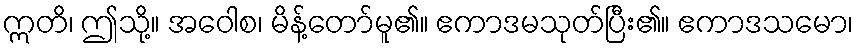
ဣတိ၊ ဤသို့။ အဝေါစ၊ မိန့်တော်မူ၏။ ဧကာဒမသုတ်ပြီး၏။ ဧကာဒသမော၊